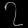
Digit: ၇